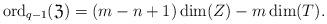
LaTeX: \begin{align*}\mathrm{ord}_{q-1}(\mathfrak{Z}) = (m-n+1)\dim(Z)-m\dim(T).\end{align*}